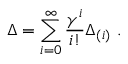
\Delta = \sum _ { i = 0 } ^ { \infty } \frac { \gamma ^ { i } } { i ! } \Delta _ { ( i ) } ~ .